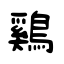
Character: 鷄